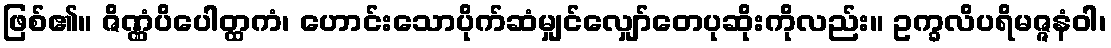
ဖြစ်၏။ ဇိဏ္ဏံပိပေါတ္ထကံ၊ ဟောင်းသောပိုက်ဆံမျှင်လျှော်တေပုဆိုးကိုလည်း။ ဥက္ခလိပရိမဇ္ဇနံဝါ၊